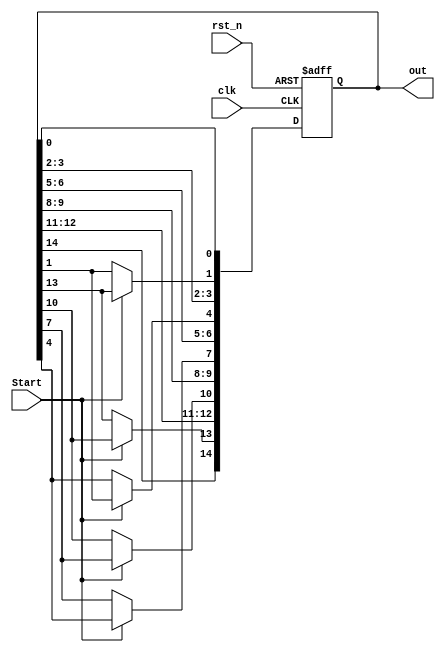
`timescale 1ns / 1ps
//////////////////////////////////////////////////////////////////////////////////
// Company: 
// Engineer: 
// 
// Design Name: 
// Module Name: RingCounterX3_1
// Project Name: 
// Target Devices: 
// Tool Versions: 
// Description: 
// 
// Dependencies: 
// 
// Revision:
// Revision 0.01 - File Created
// Additional Comments:
// 
//////////////////////////////////////////////////////////////////////////////////


module RingCounterX3_1(clk, rst_n, Start, out);

input clk, rst_n, Start;
output reg [14:0] out;

always@(posedge clk, negedge rst_n)
begin
if(!rst_n) out <= 15'b000_0000_0000_0010;
else begin
    if(Start) begin
        out[1] <= out[13];
        out[4] <= out[1];
        out[7] <= out[4];
        out[10] <= out[7];
        out[13] <= out[10];
    end
end
end

endmodule